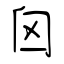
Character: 囟